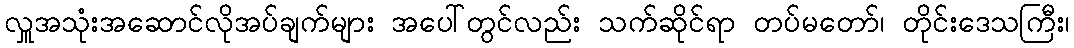
လှူအသုံးအဆောင်လိုအပ်ချက်များ အပေါ်တွင်လည်း သက်ဆိုင်ရာ တပ်မတော်၊ တိုင်းဒေသကြီး၊